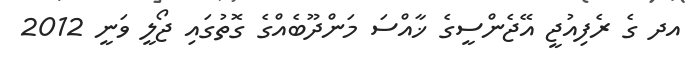
އދ ގެ ރެފިއުޖީ އޭޖެންސީގެ ޚާއްސަ މަންދޫބެއްގެ ގޮތުގައި ޖޯލީ ވަނީ 2012